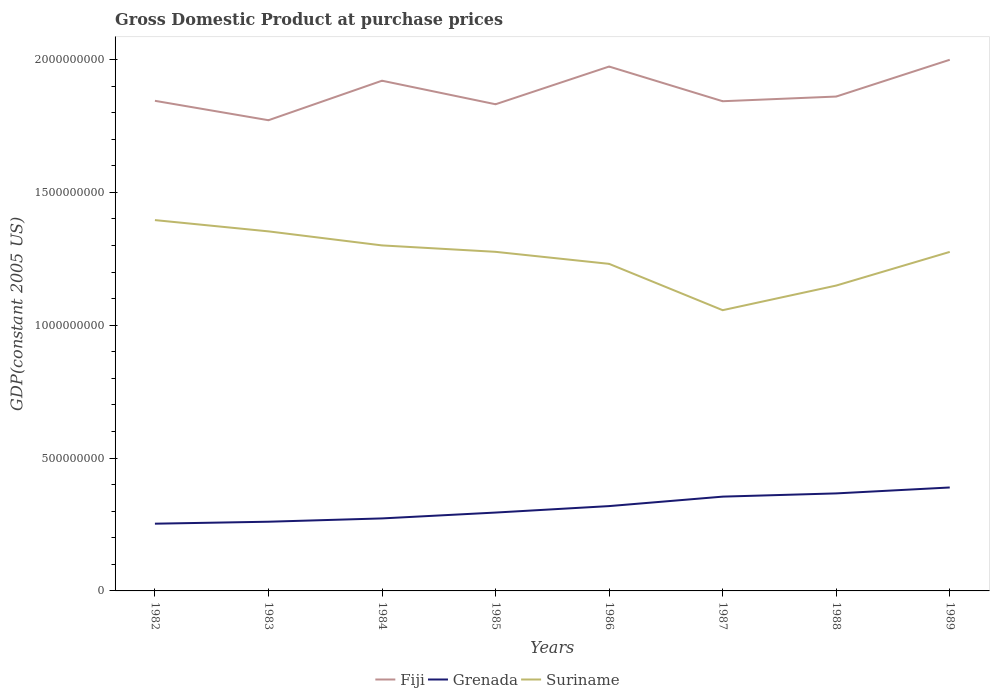
| Years | Fiji | Grenada | Suriname |
 | --- | --- | --- | --- |
 | 1982 | 1.84e+09 | 2.53e+08 | 1.4e+09 |
 | 1983 | 1.77e+09 | 2.6e+08 | 1.35e+09 |
 | 1984 | 1.92e+09 | 2.73e+08 | 1.3e+09 |
 | 1985 | 1.83e+09 | 2.95e+08 | 1.28e+09 |
 | 1986 | 1.97e+09 | 3.19e+08 | 1.23e+09 |
 | 1987 | 1.84e+09 | 3.55e+08 | 1.06e+09 |
 | 1988 | 1.86e+09 | 3.67e+08 | 1.15e+09 |
 | 1989 | 2e+09 | 3.89e+08 | 1.28e+09 |